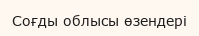
Соғды облысы өзендері